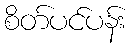
စိတ်ပင်ပန်း